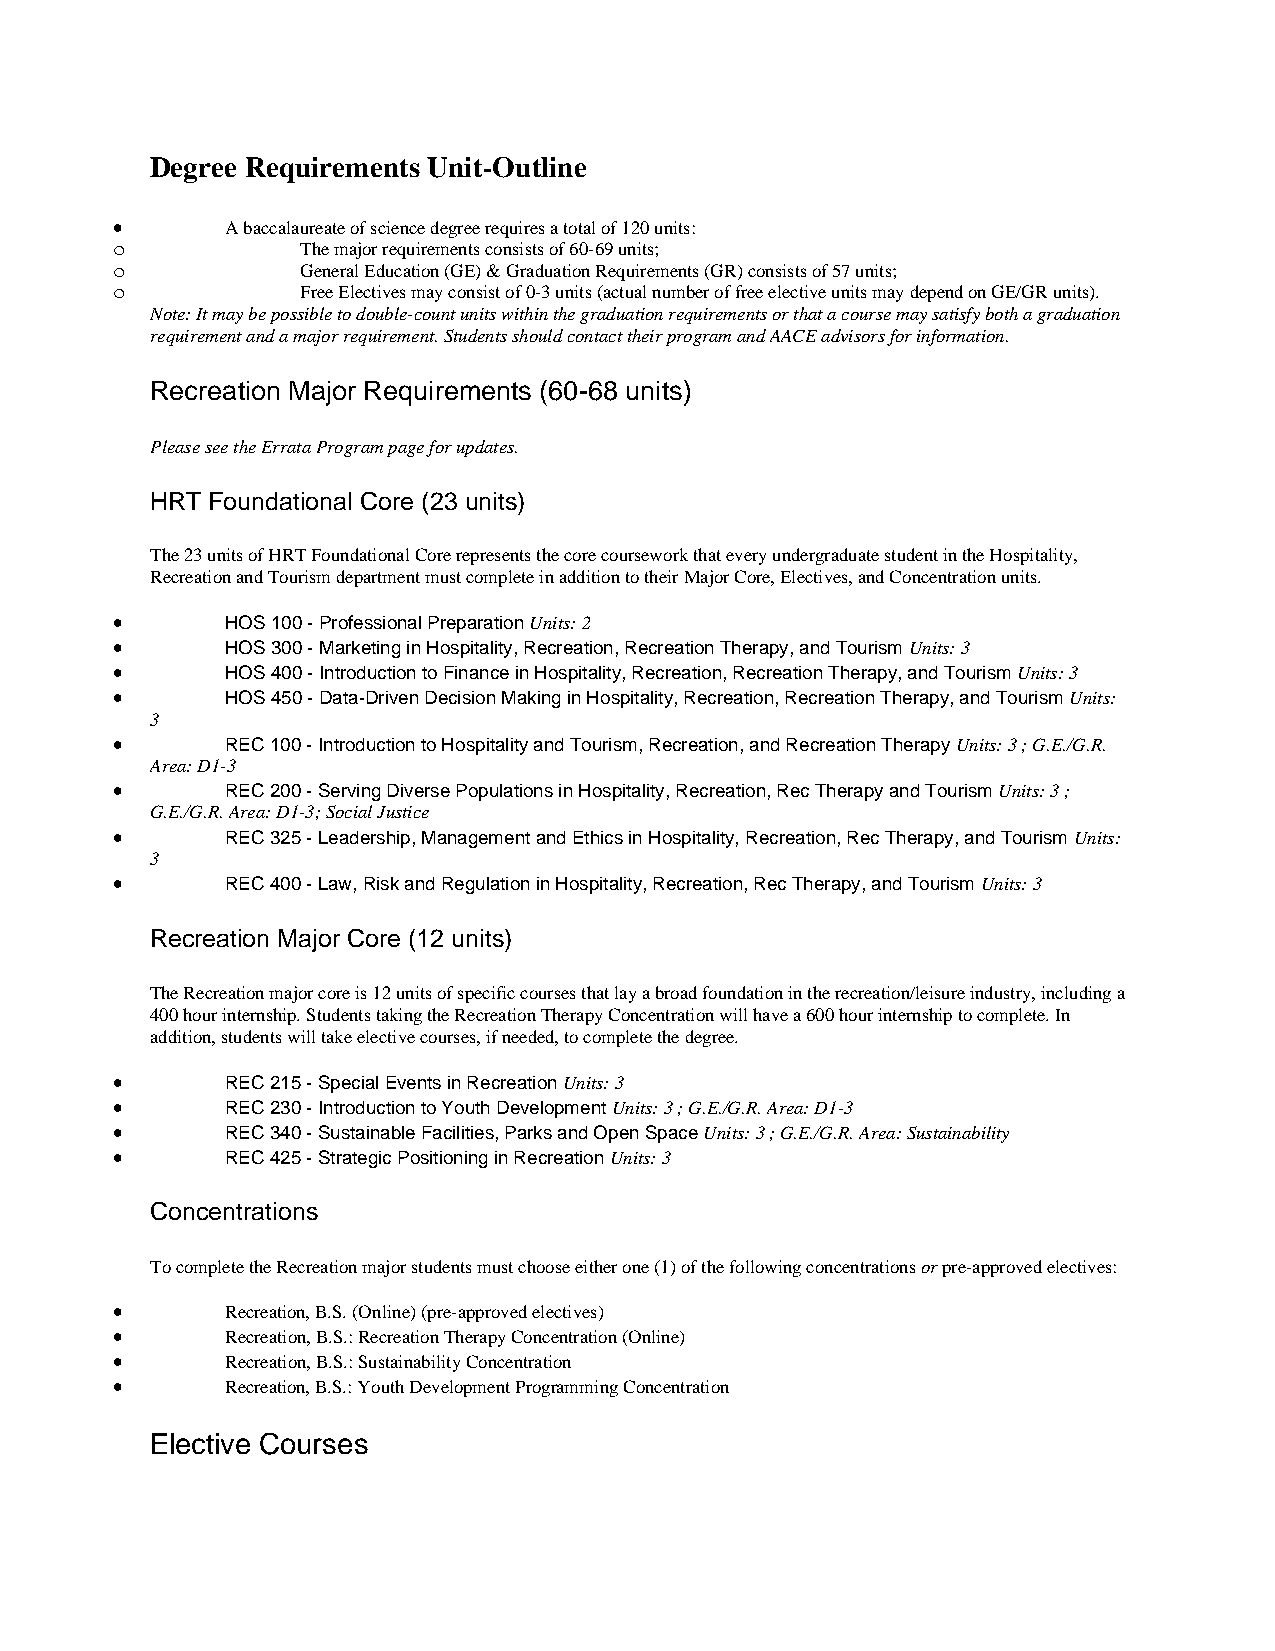
Degree Requirements Unit-Outline
 •       A baccalaureate of science degree requires a total of 120 units:
 o            The major requirements consists of 60-69 units;
 o            General Education (GE) & Graduation Requirements (GR) consists of 57 units;
 o            Free Electives may consist of 0-3 units (actual number of free elective units may depend on GE/GR units).
 Note: It may be possible to double-count units within the graduation requirements or that a course may satisfy both a graduation
 requirement and a major requirement. Students should contact their program and AACE advisors for information.
 Recreation Major Requirements (60-68 units)
 Please see the Errata Program page for updates.
 HRT Foundational Core (23 units)
 The 23 units of HRT Foundational Core represents the core coursework that every undergraduate student in the Hospitality,
 Recreation and Tourism department must complete in addition to their Major Core, Electives, and Concentration units.
 •       HOS 100 - Professional Preparation Units: 2
 •       HOS 300 - Marketing in Hospitality, Recreation, Recreation Therapy, and Tourism Units: 3
 •       HOS 400 - Introduction to Finance in Hospitality, Recreation, Recreation Therapy, and Tourism Units: 3
 •       HOS 450 - Data-Driven Decision Making in Hospitality, Recreation, Recreation Therapy, and Tourism Units:
 3
 •       REC 100 - Introduction to Hospitality and Tourism, Recreation, and Recreation Therapy Units: 3 ; G.E./G.R.
 Area: D1-3
 •       REC 200 - Serving Diverse Populations in Hospitality, Recreation, Rec Therapy and Tourism Units: 3 ;
 G.E./G.R. Area: D1-3; Social Justice
 •       REC 325 - Leadership, Management and Ethics in Hospitality, Recreation, Rec Therapy, and Tourism Units:
 3
 •       REC 400 - Law, Risk and Regulation in Hospitality, Recreation, Rec Therapy, and Tourism Units: 3
 Recreation Major Core (12 units)
 The Recreation major core is 12 units of specific courses that lay a broad foundation in the recreation/leisure industry, including a
 400 hour internship. Students taking the Recreation Therapy Concentration will have a 600 hour internship to complete. In
 addition, students will take elective courses, if needed, to complete the degree.
 •       REC 215 - Special Events in Recreation Units: 3
 •       REC 230 - Introduction to Youth Development Units: 3 ; G.E./G.R. Area: D1-3
 •       REC 340 - Sustainable Facilities, Parks and Open Space Units: 3 ; G.E./G.R. Area: Sustainability
 •       REC 425 - Strategic Positioning in Recreation Units: 3
 Concentrations
 To complete the Recreation major students must choose either one (1) of the following concentrations or pre-approved electives:
 •       Recreation, B.S. (Online) (pre-approved electives)
 •       Recreation, B.S.: Recreation Therapy Concentration (Online)
 •       Recreation, B.S.: Sustainability Concentration
 •       Recreation, B.S.: Youth Development Programming Concentration
 Elective Courses